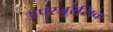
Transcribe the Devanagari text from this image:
अपरजूरैसिक